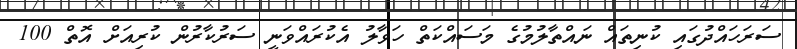
ސަރަހައްދުގައި ކުނިތައް ނައްތާލުމުގެ މަސައްކަތް ހަވާލު އެކުރައްވަނީ ސަރުކާރުން ކުރިއަށް އޮތް 100